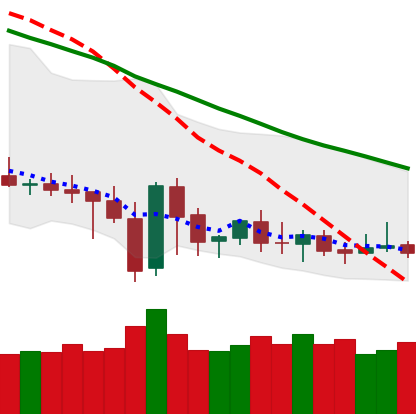
Ticker: DOGE-USD
Chart end date: 2019-12-30
Forward return: 9.104%
Label: up_7plus